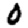
Digit: 0